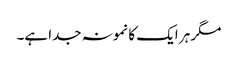
مگر ہر ایک کا نمونہ جدا ہے۔